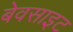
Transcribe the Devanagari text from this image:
बेवसाइट